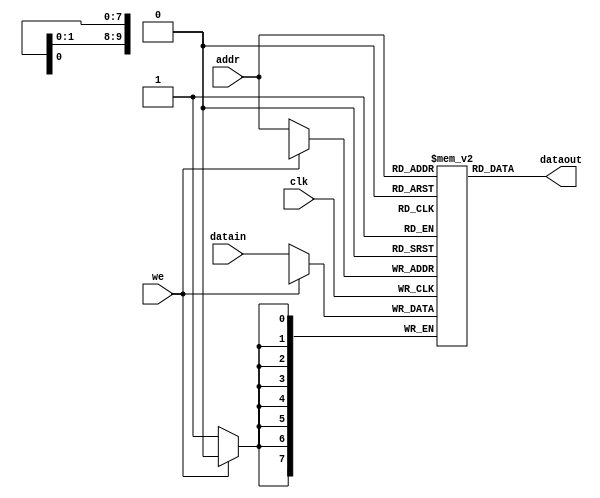
// Textbook pg. 135-136

module RAM1 (
	input [9:0] addr, // 10 bits wide of address because 2^10 = 1024 (1kB)
	input [7:0] datain,
	input clk, we,
	output [7:0] dataout
);

	reg [7:0] M[0:1023]; // 1kB memory block
	
	// synchronous write
	always@(posedge clk)
	begin
		if(we == 0)
			M[addr] <= datain;
	end
	
	// asynchronous read
	assign dataout = M[addr];

endmodule